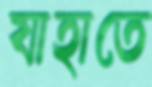
যাহাতে